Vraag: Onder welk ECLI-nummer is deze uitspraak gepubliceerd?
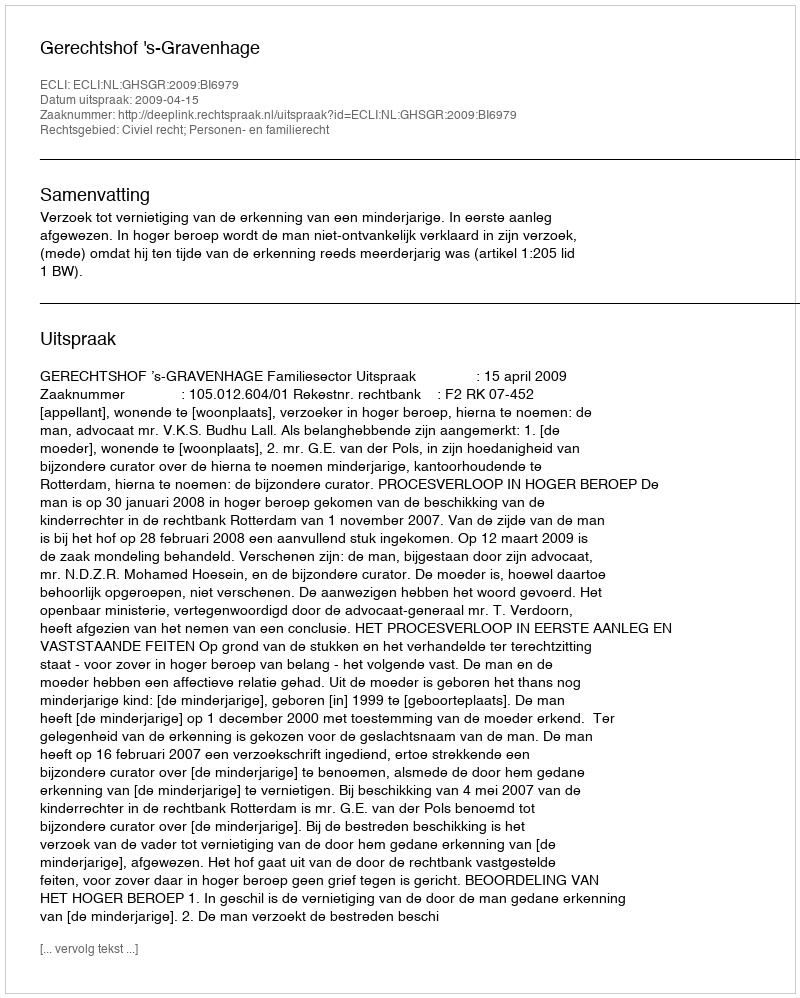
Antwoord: ECLI:NL:GHSGR:2009:BI6979